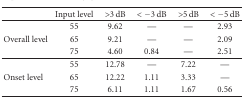
<table><thead><tr><td><b> </b></td><td><b>Input level</b></td><td><b>&gt;3 dB</b></td><td><b>&lt;−3 dB</b></td><td><b>&gt;5 dB</b></td><td><b>&lt;−5 dB</b></td></tr></thead><tbody><tr><td> </td><td>55</td><td>9.62</td><td>—</td><td>—</td><td>2.93</td></tr><tr><td>Overall level</td><td>65</td><td>9.21</td><td>—</td><td>—</td><td>2.09</td></tr><tr><td> </td><td>75</td><td>4.60</td><td>0.84</td><td>—</td><td>2.51</td></tr><tr><td> </td><td>55</td><td>12.78</td><td>—</td><td>7.22</td><td>—</td></tr><tr><td>Onset level</td><td>65</td><td>12.22</td><td>1.11</td><td>3.33</td><td>—</td></tr><tr><td> </td><td>75</td><td>6.11</td><td>1.11</td><td>1.67</td><td>0.56</td></tr></tbody></table>